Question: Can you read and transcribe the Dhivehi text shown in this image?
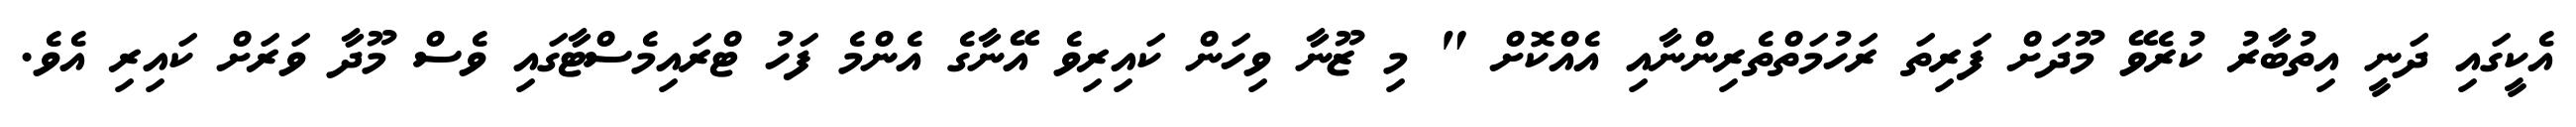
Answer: އެކީގައި ދަނީ އިތުބާރު ކުރެވޭ މޫދަށް ފަރިތަ ރަހުމަތްތެރިންނާއި އެއްކޮށް " މި ޒޫނާ ވިހަން ކައިރިވެ އޭނާގެ އެންމެ ފަހު ޓްރައިމެސްޓާގައި ވެސް މޫދާ ވަރަށް ކައިރި އެވެ.